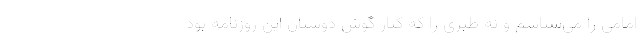
امامی را می‌شناسم و نه طبری را که کنار گوش دوستان این روزنامه بود